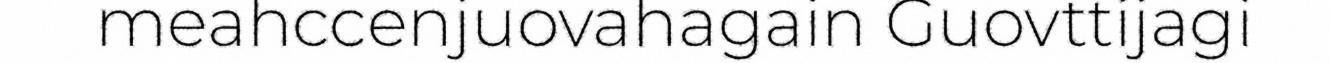
meahccenjuovahagain Guovttijagi